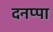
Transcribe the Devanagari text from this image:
दनप्पा